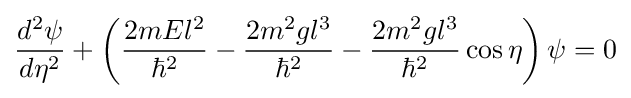
{\frac {d^{2}\psi }{d\eta ^{2}}}+\left({\frac {2mEl^{2}}{\hbar ^{2}}}-{\frac {2m^{2}gl^{3}}{\hbar ^{2}}}-{\frac {2m^{2}gl^{3}}{\hbar ^{2}}}\cos \eta \right)\psi =0